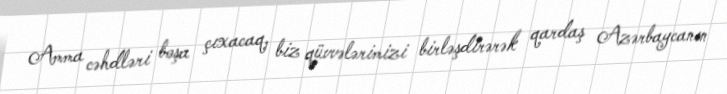
Amma cəhdləri boşa çıxacaq, biz qüvvələrimizi birləşdirərək qardaş Azərbaycanın